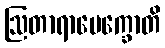
ဩတာရာပေက္ခောတိ